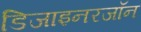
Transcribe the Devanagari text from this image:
डिजाइनरजॉन